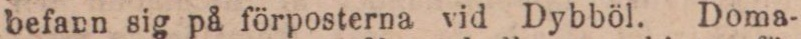
befann sig på förposterna vid Dybböl. Doma-